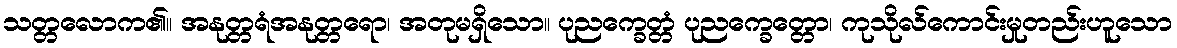
သတ္တလောက၏။ အနုတ္တရံအနုတ္တရော၊ အတုမရှိသော။ ပုညက္ခေတ္တံ ပုညက္ခေတ္တော၊ ကုသိုလ်ကောင်းမှုတည်းဟူသော